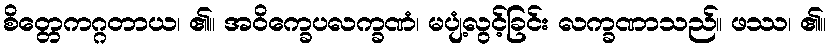
စိတ္တေကဂ္ဂတာယ၊ ၏။ အဝိက္ခေပလက္ခဏံ၊ မပျံ့လွင့်ခြင်း လက္ခဏာသည်။ ဖဿ၊ ၏။